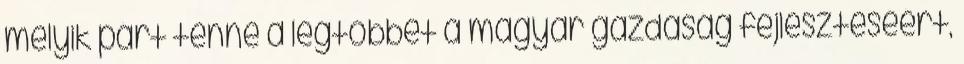
melyik párt tenne a legtöbbet a magyar gazdaság fejlesztéséért,